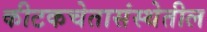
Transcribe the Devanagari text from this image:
कीटकचेतासंस्थेतील